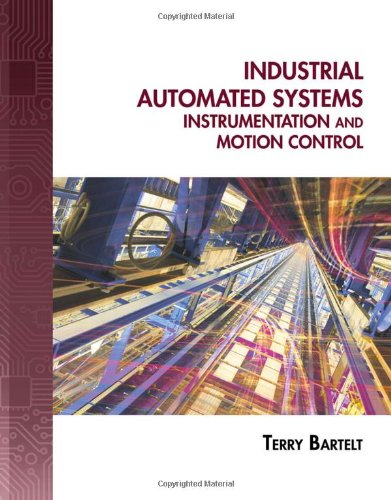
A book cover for Industrial Automated Systems: Instrumentation and Motion Control; Terry L.M. Bartelt; Computers & Technology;